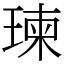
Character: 瑓